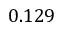
0 . 1 2 9